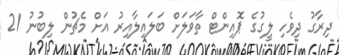
ދިރާގު ދިވެހި ލީގުގެ ޕޮއިންޓް ތާވަލަށް ބަލައިލާއިރު އަށް މެޗުން ލިބުނު 21